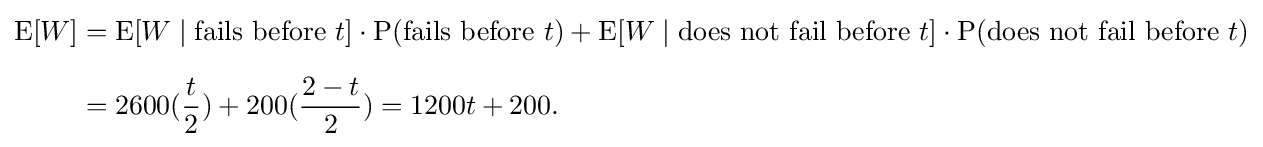
{\begin{aligned}\operatorname {E} [W]&=\operatorname {E} [W\mid {\text{fails before }}t]\cdot \operatorname {P} ({\text{fails before }}t)+\operatorname {E} [W\mid {\text{does not fail before }}t]\cdot \operatorname {P} ({\text{does not fail before }}t)\\[6pt]&=2600({\frac {t}{2}})+200({\frac {2-t}{2}})=1200t+200.\end{aligned}}